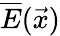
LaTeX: \overline{{E}}(\vec{x})